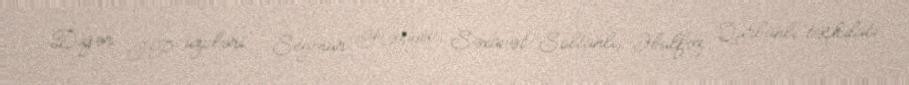
Digər İP üzvləri - Seymur Həziyev, Səxavət Soltanlı, Əbülfəz Qurbanlı təşkilati